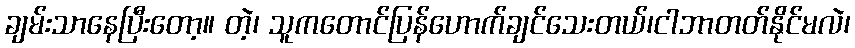
ချမ်းသာနေပြီးတော့။ တဲ့၊ သူကတောင်ပြန်ဟောက်ချင်သေးတယ်၊ငါဘာတတ်နိုင်မလဲ၊